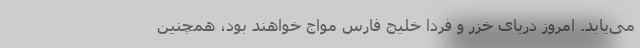
می‌یابد. امروز دریای خزر و فردا خلیج فارس مواج خواهند بود، همچنین